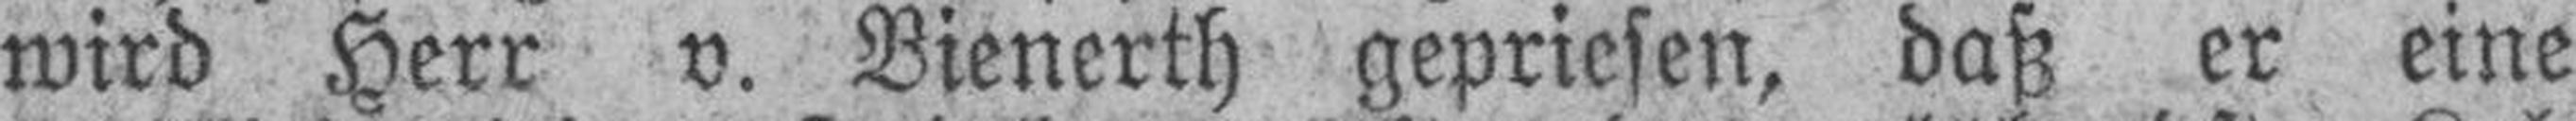
wird Herr v. Bienerth gepriesen, daß er eine